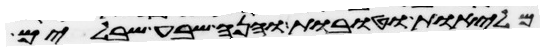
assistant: מליות וטובות והנה שבע שבלים